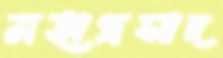
মহাপ্রসাদ